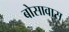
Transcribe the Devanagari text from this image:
बोसावास